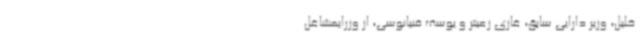
خلیل، وزیر دارایی سابق، غازی زعیتر و یوسف فنیانوسی، از وزرایمشاغل